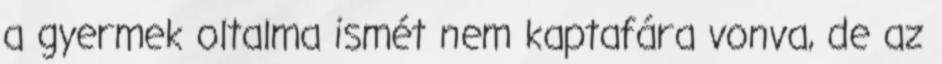
a gyermek oltalma ismét nem kaptafára vonva, de az